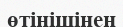
өтінішінен